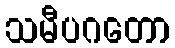
သမီပဂတော